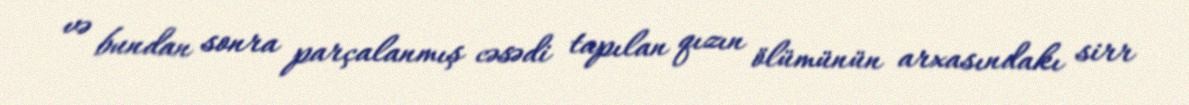
və bundan sonra parçalanmış cəsədi tapılan qızın ölümünün arxasındakı sirr